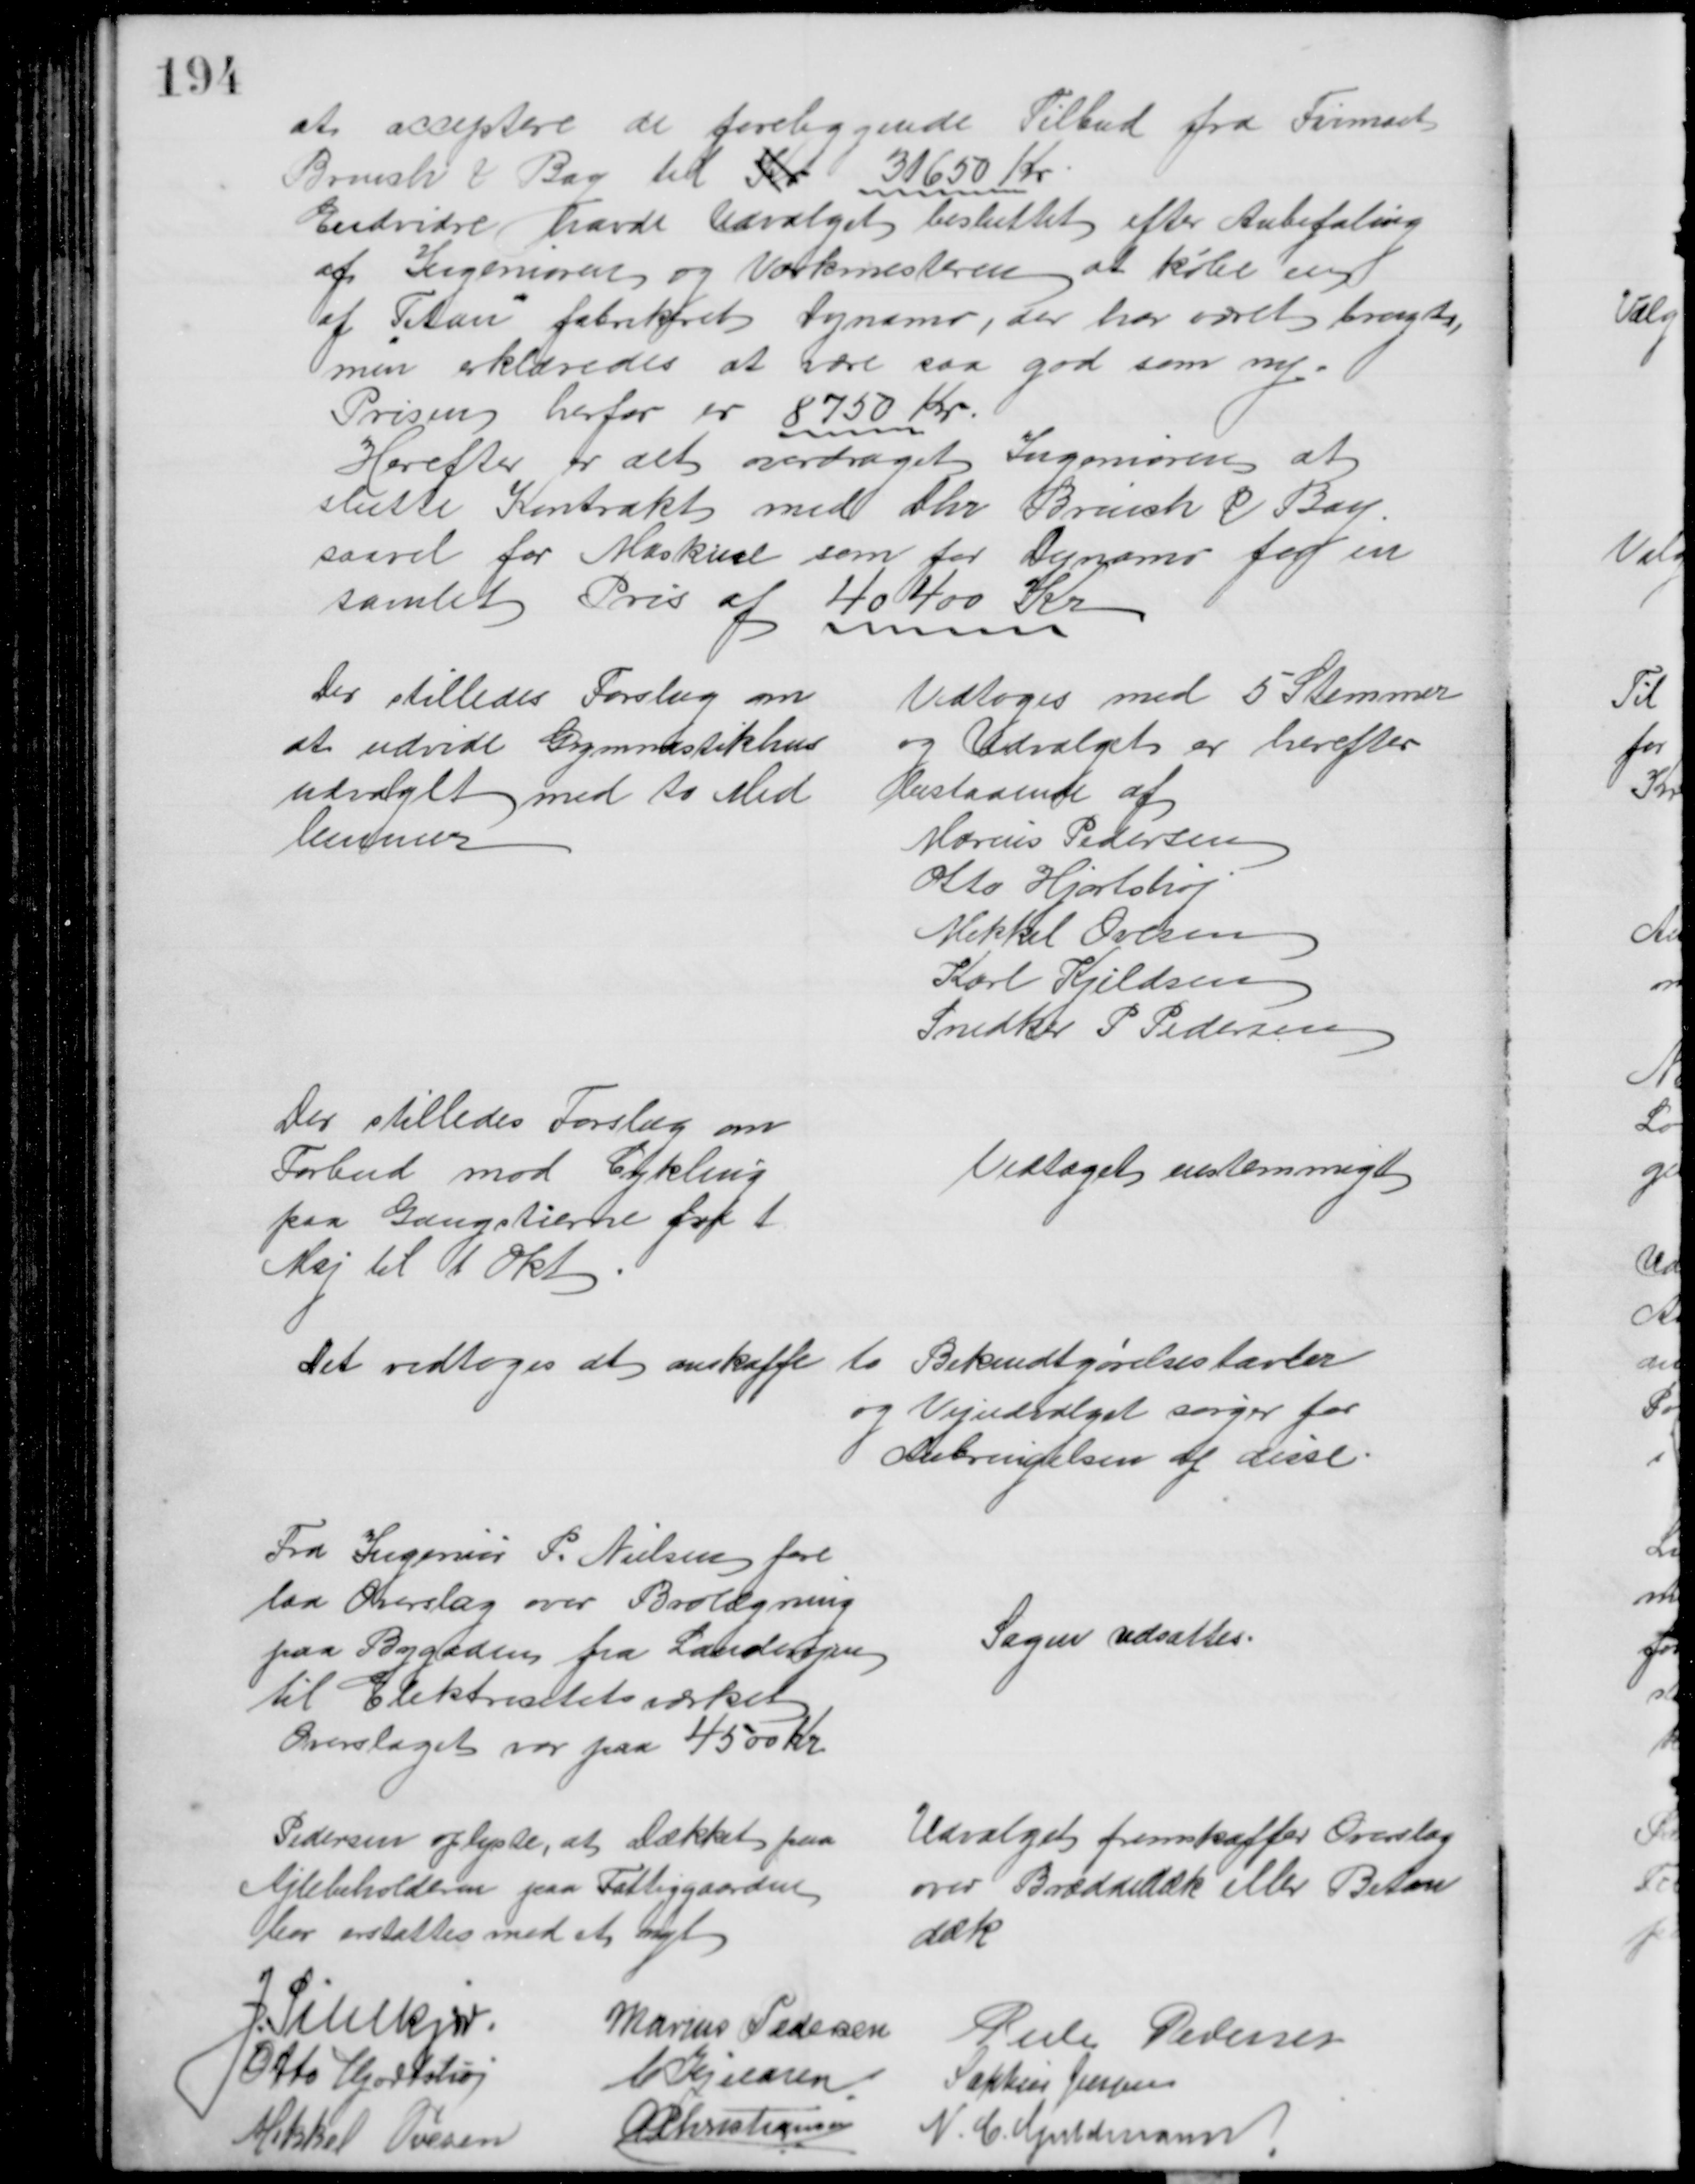
Transskription:
at acceptere de foreliggende Tilbud fra Firmaet
Brinch & Bay til Kr 31650 Kr
Endvidre havde Udvalget besluttet efter Anbefaling
af Ingeniøren og Værkmesteren at købe en 
af "Titan" fabrikeret Dynamo, der har været brugt,
men erklæredes at være saa god som ny.
Prisen herfor er 8750 Kr
Herefter er det overdraget Ingeniøren at 
slutte Kontrakt med Chr Brinch & Bay.
saavel for Maskine som for Dynamo for en
samlet Pris af  40400 Kr
Der stilledes Forslag om
at udvide Gymnastikhus
udvalget med to Med
lemmer
Vedtoges med 5 Stemmer
og Udvalget er herefter
bestaaende af
Marius Pedersen
Otto Hjortshøj
Mikkel Ovesen
Karl Kjeldsen
Snedker P Pedersen
Der stilledes Forslag om
Forbud mod Cykling
paa Gangstierne fra 1
Maj til 1 Okt
Vedtaget enstemmigt
Det vedtoges at anskaffe to Bekendtgørelsestavler
og Vejudvalget sørger for 
Anbringelsen af disse.
Fra Ingeniør P. Nielsen fore
laa Overslag over Brolægning 
paa Bygaden fra Landevejen
til Elektricitetsværket
Overslaget var paa 4500 Kr
Sagen udsattes.
Pedersen oplyste, at Dækket paa
Ajlebeholderen paa Fattiggaarden
bør erstattes med et nyt
Udvalget fremskaffer Overslag
over Bræddedæk eller Beton
dæk
J. Pihlkjær.
Marius Pedersen
Peder Pedersen
Otto Hjortshøj
C. Kjeldsen
Sophus Jensen
Mikkel Ovesen
A P Christiansen
N. C. Guldmann